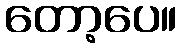
တော့ပေ။